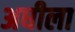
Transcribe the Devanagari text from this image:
अघीला